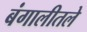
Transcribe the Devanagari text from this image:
बंगालीतले